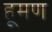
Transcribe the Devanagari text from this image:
हूमण